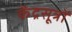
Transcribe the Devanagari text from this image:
केंद्रसूत्रों